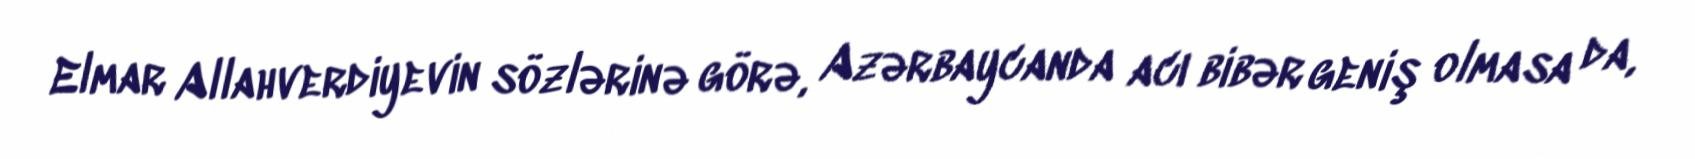
Elmar Allahverdiyevin sözlərinə görə, Azərbaycanda acı bibər geniş olmasa da,